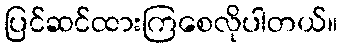
ပြင်ဆင်ထားကြစေလိုပါတယ်။